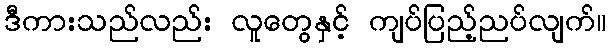
ဒီကားသည်လည်း လူတွေနှင့် ကျပ်ပြည့်ညပ်လျက်။